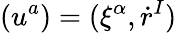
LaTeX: \left(u^{a}\right)=(\xi^{\alpha},\dot{r}^{I})